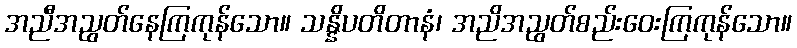
အညီအညွတ်နေကြကုန်သော။ သန္နိပတိတာနံ၊ အညိအညွတ်စည်းဝေးကြကုန်သော။